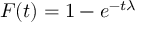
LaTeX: F ( t ) = 1 - e ^ { { - t } { \lambda } }